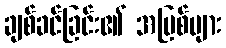
ချစ်ခင်ခြင်း၏ အပြစ်များ